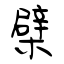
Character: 檗